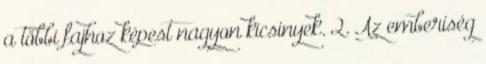
a többi fajhoz képest nagyon kicsinyek. 2. Az emberiség